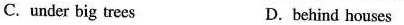
C.under big trees D.behind houses